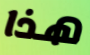
هذا